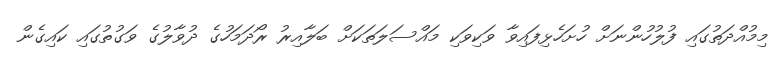
މިމުއްދަތުގައި ފުލުހުންނަށް ހުށަހެޅިފައިވާ ވަކިވަކި މައްސަލަތަކަށް ބަލާއިރު ރޯދަމަހުގެ ދުވާލުގެ ވަގުތުގައި ކައިގެން